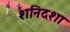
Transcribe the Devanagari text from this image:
शनिदशा